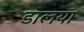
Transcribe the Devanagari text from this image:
डालया